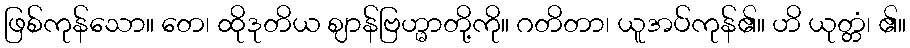
ဖြစ်ကုန်သော။ တေ၊ ထိုဒုတိယ ဈာန်ဗြဟ္မာတို့ကို။ ဂတိတာ၊ ယူအပ်ကုန်၏။ ဟိ ယုတ္တံ၊ ၏။